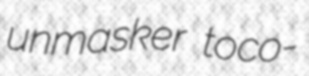
unmasker toco-